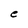
Character: e